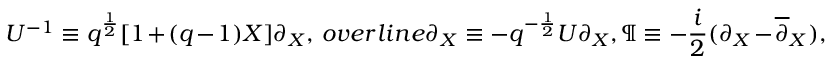
U ^ { - 1 } \equiv q ^ { \frac { 1 } { 2 } } [ 1 + ( q - 1 ) X ] \partial _ { X } , \, o v e r l i n e { \partial } _ { X } \equiv - q ^ { - \frac { 1 } { 2 } } U \partial _ { X } , \P \equiv - \frac { i } { 2 } ( \partial _ { X } - \overline { { { \partial } } } _ { X } ) ,